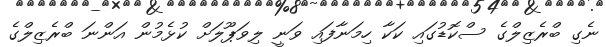
ނެގި ބްރެޒިލްގެ ސްކޮޑުގައި ކަކާ ހިމަނާފައި ވަނީ ލިވަޕޫލަށް ކުޅެމުން އަންނަ ބްރެޒިލްގެ